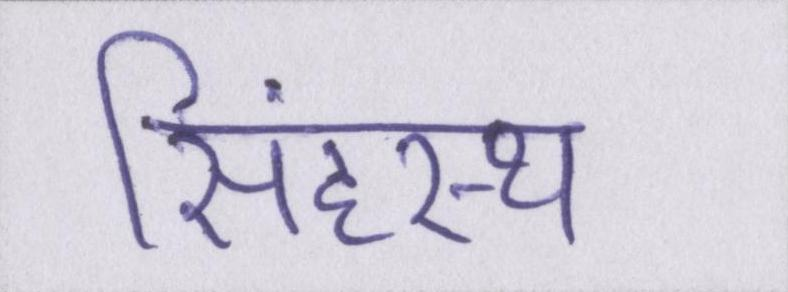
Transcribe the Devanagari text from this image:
सिंहस्थ